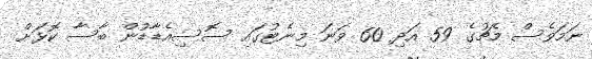
ނަމަވެސް މެޗުގެ 59 އަދި 60 ވަނަ މިނެޓުގައި ސޮސިއެޑާޑުން ބާސާ ކޮޅަށް